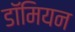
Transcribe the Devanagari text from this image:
डॉमियन